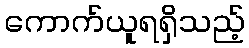
ကောက်ယူရရှိသည့်